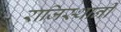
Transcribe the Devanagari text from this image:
राजिस्थानी